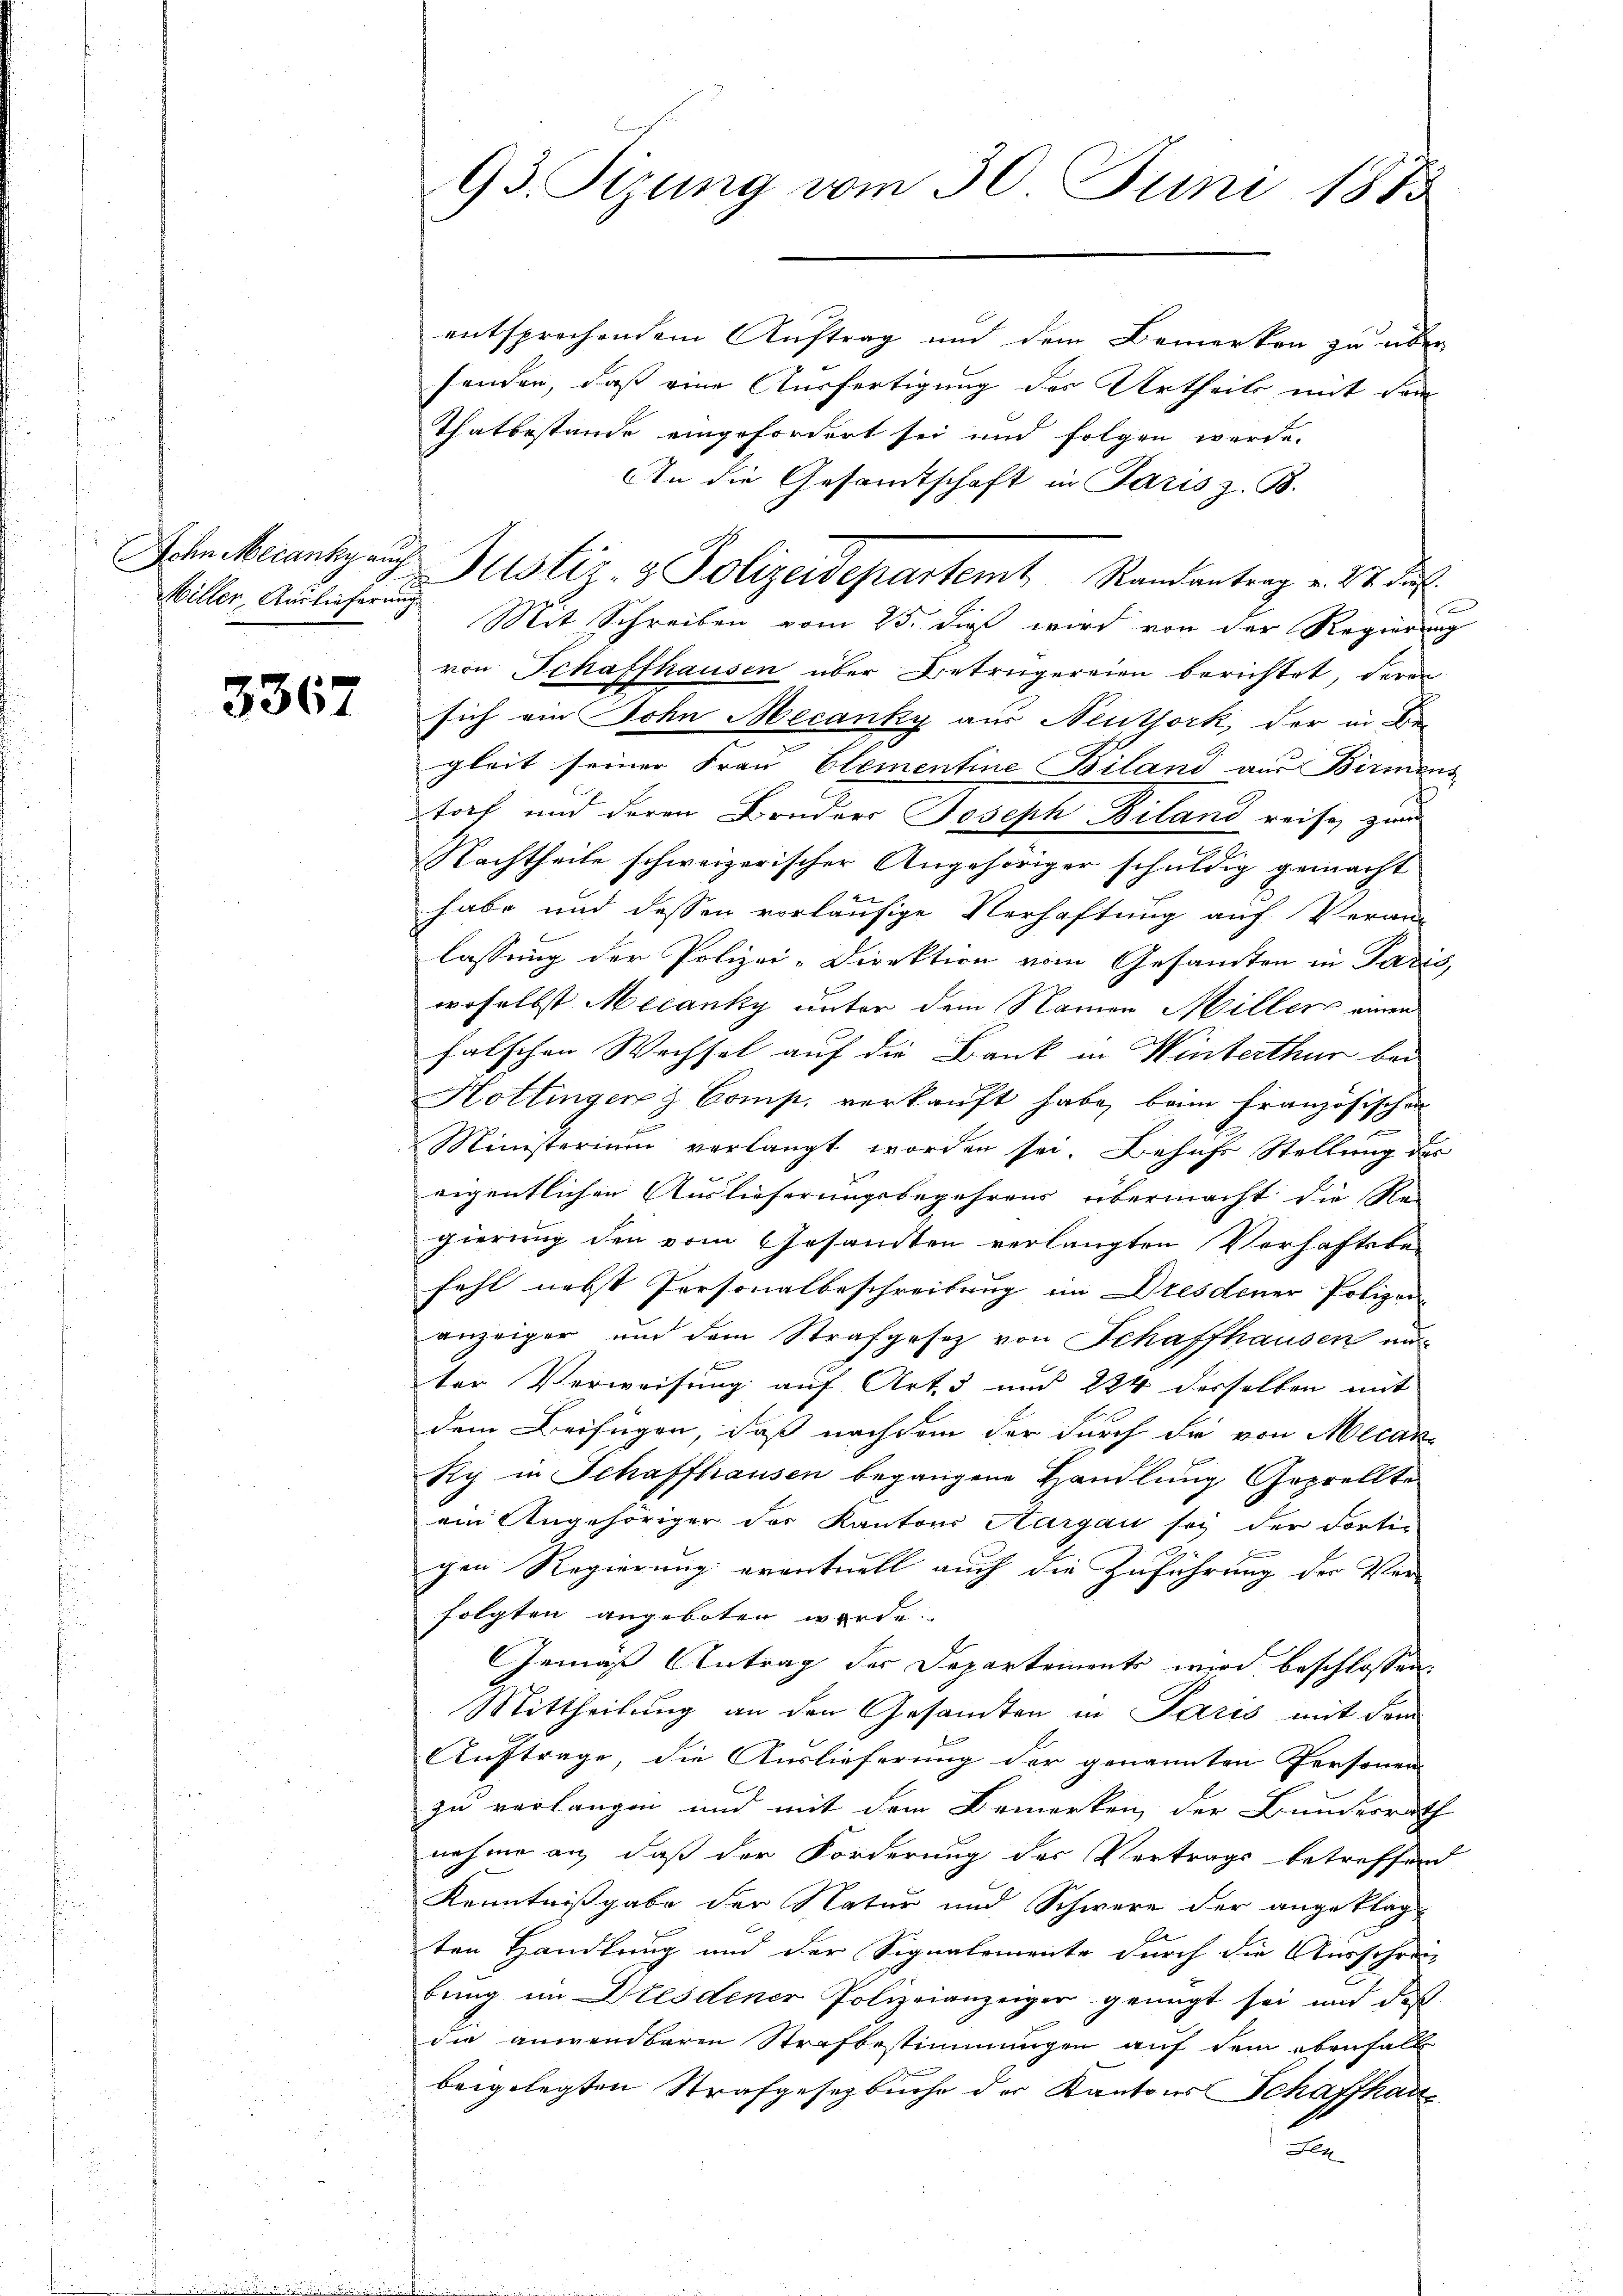
Miller, Auslieferung

3367

entsprechendem Auftrag und dem Bemerken zu über-
sonder, daß eine Ausfertigung des Urtheils mit dem
Thatbestande eingefordert sei und folgen werde.
An die Gesandtschaft in Paris z. B.
Mit Schreiben vom 25. dieß wird von der Regierung
von Schaffhausen über Betrügereien berichtet, deren
sich ein Sohn Mecanky aus Neuthork, der in Be-
gleit seiner Frau Clementine Biland aus Birmens
tort und deren Bruders Joseph Biland reise zw
Nachtheile schweizerischer Angehöriger schuldig gemacht
habe und dessen vorläufige Verhaftung auf Veran-
lassung der Polizei-Direktion vom Gesamten in Paris,
woselbst Mecanky unter dem Namen Miller einen
falschen Wechsel auf die Bank in Winterthur bei
Hottingen Comp. verkauft habe, beim französischen
Ministerium verlangt worden sei. Behufs Stellung des
eigentlichen Auslieferungsbegehrens übermacht die Re-
gierung den vom Gesandten verlangten Verhaftsbefehl nebst Personalbeschreibung im Dresdener Polizei-
anzeiger und dem Strafgesetz von Schaffhausen un
ter Verweisung auf Art. 3 und 224 derselben mit
dem Beifügen, daß nachdem der durch die von Mecan
Ry in Schaffhausen begangene Handlung Geprellte
ein Angehöriger des Kantons Aargau sey der Fortin
gen Regierung eventuell auch die Zuführung der Ver-
folgten angeboten werde.
Gemäß Antrag der Departements wird beschlossen
Mittheilung an den Gesamten in Paris mit dem
Auftrage, die Auslieferung der genannten Personen
zu verlangen und mit dem Bemerken, der Bundesrath
nahme an, daß der Forderung des Vertrags betreffend
Kenntnißgabe der Natur und Schwere der angeklagten Handlung und der Signalemente durch die Ausschrei-
bung im Dresdener Polizeianzeiger genügt sei und daß
die anwendbaren Strafbestimmungen auf dem ebenfall
beigelegten Strafgesetzbuche der Kantons Schaffhau¬
.

93. Sizung vom 30. Juni 1873

John Merantz auch Justiz- & Polizeidepartemt Randantrag v. 27. Jul.